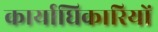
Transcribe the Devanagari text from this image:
कार्याधिकारियों